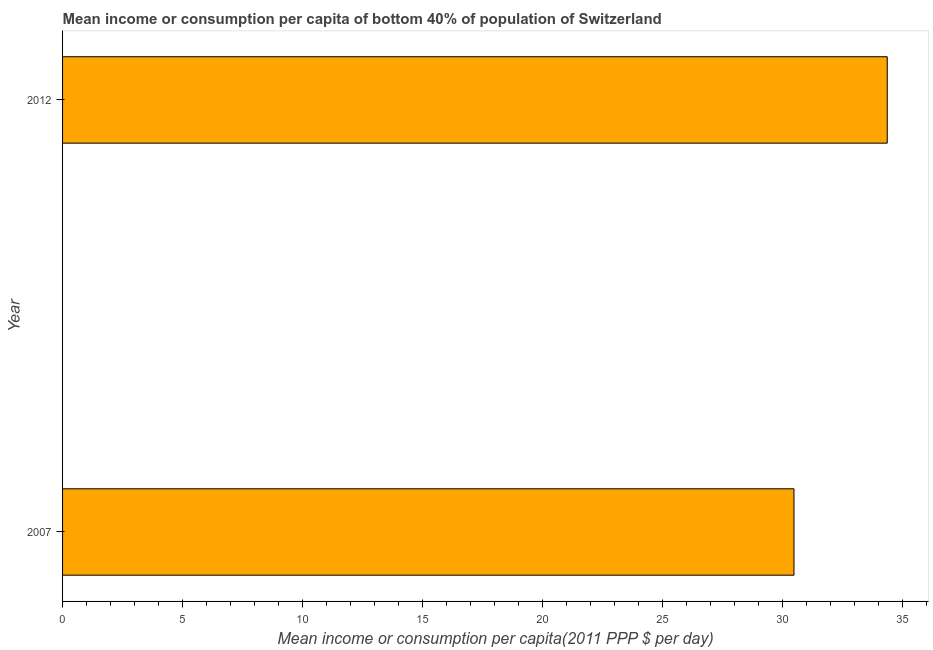
| Year | Bottom 40percent |
 | --- | --- |
 | 2007 | 30.5 |
 | 2012 | 34.4 |